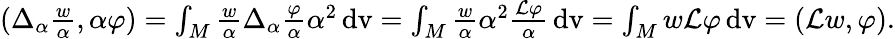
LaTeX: \begin{array}{r}{(\Delta_{\alpha}\frac{w}{\alpha},\alpha\varphi)=\int_{M}\frac{w}{\alpha}\Delta_{\alpha}\frac{\varphi}{\alpha}\alpha^{2}\, \mathrm{dv}=\int_{M}\frac{w}{\alpha}\alpha^{2}\frac{\mathcal{L}\varphi}{\alpha}\, \mathrm{dv}=\int_{M}w\mathcal{L}\varphi\, \mathrm{dv}=(\mathcal{L}w,\varphi).}\end{array}